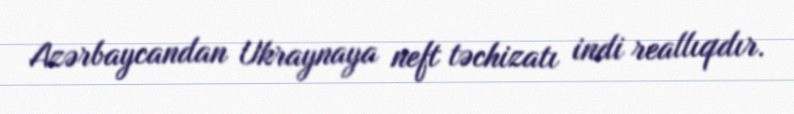
Azərbaycandan Ukraynaya neft təchizatı indi reallıqdır.